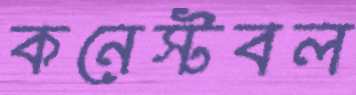
কনেস্টবল